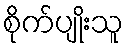
စိုက်ပျိုးသူ